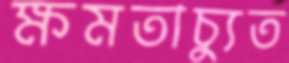
ক্ষমতাচ্যুত